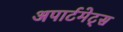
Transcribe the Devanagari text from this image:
अपार्टमेट्स